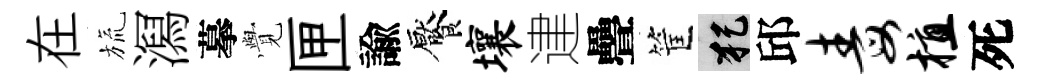
在旒㵼摹𮗜匣諭饜壤䢖疊筐犯邱毒植死